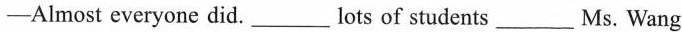
-Almost everyone did.___lots of students___Ms. Wang